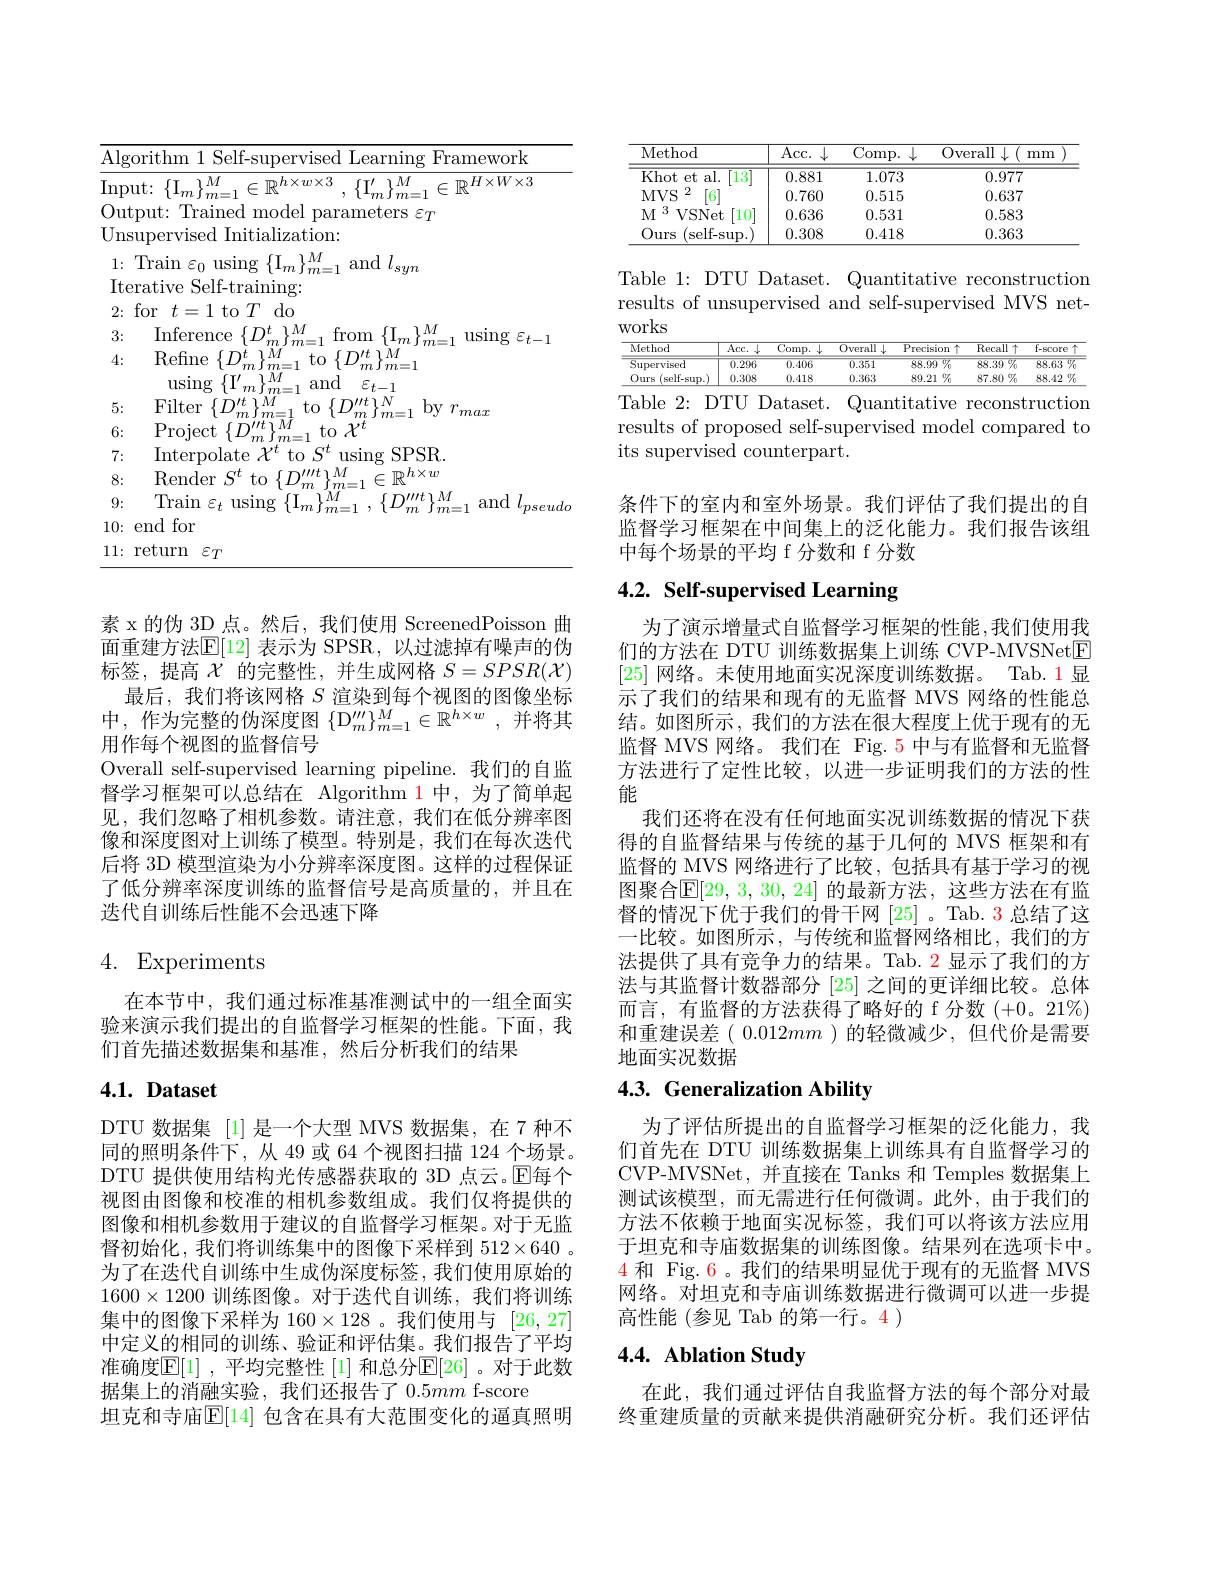
<table>
	<tbody>
		<tr>
			<td>$\overline{\mathrm{Algc}}$</td>
			<td>rrthm Selt ramework</td>
		</tr>
		<tr>
			<td>Inpu</td>
			<td>$\sim\mathbb{D}H\times W\times3$ $11t.$ t: $\{ I_{m}\} _{\mathrm{m} }^{M}$ 1 $\sim\mathbb{D}h\times w\times3$ $11^{\prime}$ $1./W$</td>
		</tr>
		<tr>
			<td>0. $ut_{1}$ 1. </td>
			<td>$\mathop{\mathrm{nde}}$</td>
		</tr>
		<tr>
			<td>Unst</td>
			<td>$\operatorname{lization:}$</td>
		</tr>
		<tr>
			<td>1:</td>
			<td>$\operatorname{Train}\varepsilon_{0}$using$\{\mathrm{I}_m\}_{m=}^M$ and$l_{syn}$</td>
		</tr>
		<tr>
			<td>Iter</td>
			<td>Self-training:</td>
		</tr>
		<tr>
			<td>3:</td>
			<td>Inference $\int\int\int\int t$ $1M$ from $1M$ llsing</td>
		</tr>
		<tr>
			<td>4:</td>
			<td>Refine $\{D_m^{\dot{t}}\}_{m=1}^M$ $1M$ $t_{\mathrm{o}}$ $\{I)$ $n\int m=1$ 1.00 $1ar$ , $1T/$ $1M$ am</td>
		</tr>
		<tr>
			<td>5:</td>
			<td>Filter $IMT$ $M$ $1//t$ $\vdots1N$</td>
		</tr>
		<tr>
			<td>6:</td>
			<td>Project $\int TD^{\prime}$ $It$ $M$ $t_{0}$ $\chi ^{t}$ $\therefore$</td>
		</tr>
		<tr>
			<td>7:</td>
			<td>Interpolate $\mathcal{X}^t$ to $S^t$ using SPSR.</td>
		</tr>
		<tr>
			<td>8:</td>
			<td>Render $S^{t}$ $t_{0}$ 110 $h\times w$</td>
		</tr>
		<tr>
			<td>9:</td>
			<td>Train $\mathcal{F}_{4}$ llsing $M$ amd serin</td>
		</tr>
		<tr>
			<td>10:</td>
			<td>end $l$ for</td>
		</tr>
		<tr>
			<td>11: I</td>
			<td>turn $\varepsilon_{T}$ $\because\rho$</td>
		</tr>
	</tbody>
</table>

素 x 的伪 3D 点。然后，我们使用 ScreenedPoisson 曲面重建方法$\mathbb{E}[12]$ 表示为 SPSR,以过滤掉有噪声的伪标签，提高$\mathcal{X}$的完整性，并生成网格$S=SPSR(\mathcal{X})$
最后，我们将该网格$S$渲染到每个视图的图像坐标中，作为完整的伪深度图$\left\{\mathrm{D}_m^{\prime\prime\prime}\right\}_{m=1}^M\in\mathbb{R}^{h\times w}$,并将其用作每个视图的监督信号
Overall self-supervised learning pipeline. 我们的自监督学习框架可以总结在 Algorithm 1中，为了简单起见，我们忽略了相机参数。请注意，我们在低分辨率图像和深度图对上训练了模型。特别是，我们在每次迭代后将 3D 模型渲染为小分辨率深度图。这样的过程保证了低分辨率深度训练的监督信号是高质量的，并且在迭代自训练后性能不会迅速下降

## 4. Experiments

在本节中，我们通过标准基准测试中的一组全面实验来演示我们提出的自监督学习框架的性能。下面，我们首先描述数据集和基准，然后分析我们的结果

## $4. 1. \textbf{ Dataset}$

DTU 数据集 [1] 是一个大型 MVS 数据集，在 7 种不同的照明条件下，从 49 或 64 个视图扫描 124 个场景。DTU 提供使用结构光传感器获取的 3D 点云。$\mathbb{E}$每个视图由图像和校准的相机参数组成。我们仅将提供的图像和相机参数用于建议的自监督学习框架。对于无监督初始化，我们将训练集中的图像下采样到$512\times640$ 。为了在迭代自训练中生成伪深度标签，我们使用原始的$1600\times1200$训练图像。对于迭代自训练，我们将训练集中的图像下采样为 160$\times128$ 。我们使用与[26,27] 中定义的相同的训练、验证和评估集。我们报告了平均准确度$\boxed{\mathbb{F}}[1]$ ,平均完整性 [1] 和总分$\mathbb{E}[26]$ 。对于此数据集上的消融实验，我们还报告了$0.5mm$ f-score
坦克和寺庙$\mathbb{E}[14]$ 包含在具有大范围变化的逼真照明

<table>
	<tbody>
		<tr>
			<th>Method</th>
			<th>$\overline{\mathrm{Acc.~}\downarrow}$</th>
			<th>$\underline{\mathrm{Comp.}}$ $.\downarrow$</th>
			<th>Overall $\downarrow($ mm</th>
		</tr>
		<tr>
			<td>Khot et al. 13</td>
			<td>0.881</td>
			<td>1.073</td>
			<td>0.977</td>
		</tr>
		<tr>
			<td>2 $MVS$ [6]</td>
			<td>0.760</td>
			<td>0.515</td>
			<td>0.637</td>
		</tr>
		<tr>
			<td>3 $M$ $V$SNet $10^{\cdot}$</td>
			<td>0.636</td>
			<td>0.531</td>
			<td>0.583</td>
		</tr>
		<tr>
			<td>Ours (self-sup</td>
			<td>0.308</td>
			<td>0.418</td>
			<td>0.363</td>
		</tr>
	</tbody>
</table>

Table 1: DTU Dataset. Quantitative reconstruction results of unsupervised and self-supervised MVS networks

<table>
	<tbody>
		<tr>
			<th>Method</th>
			<th>$Acc.$ $\cdot\sqrt{1}$ </th>
			<th>$\overline{\mathrm{Comp.}}$</th>
			<th>0verall $J$</th>
			<th>$\overline{{\mathrm{Precision}}}$ 个</th>
			<th>Recall ll 个</th>
			<th>${\mathrm{f-score}}$</th>
		</tr>
		<tr>
			<td>Supervised</td>
			<td>0.296</td>
			<td>0.406</td>
			<td>0.351</td>
			<td>$88.99\%$</td>
			<td>$88.39\%$</td>
			<td>88.63 $呀_{0}$</td>
		</tr>
		<tr>
			<td>Ours (self- sup. )</td>
			<td>0.308</td>
			<td>0.418</td>
			<td>0.363</td>
			<td>$89.21\%$</td>
			<td>$87.80\%$</td>
			<td>$88.42\%$</td>
		</tr>
	</tbody>
</table>
Table 2: DTU Dataset. Quantitative reconstruction

results of proposed self-supervised model compared to
its supervised counterpart.

条件下的室内和室外场景。我们评估了我们提出的自监督学习框架在中间集上的泛化能力。我们报告该组中每个场景的平均 f 分数和 f 分数

# 4.2. Self-supervised Learning

为了演示增量式自监督学习框架的性能，我们使用我们的方法在 DTU 训练数据集上训练 CVP-MVSNetE [25]网络。未使用地面实况深度训练数据。Tab.1 显示了我们的结果和现有的无监督 MVS 网络的性能总结。如图所示，我们的方法在很大程度上优于现有的无监督 MVS 网络。我们在 Fig.5 中与有监督和无监督方法进行了定性比较，以进一步证明我们的方法的性能
我们还将在没有任何地面实况训练数据的情况下获得的自监督结果与传统的基于几何的 MVS 框架和有监督的 MVS 网络进行了比较，包括具有基于学习的视图聚合$\mathbb{E}[29,3,30,24]$ 的最新方法，这些方法在有监督的情况下优于我们的骨干网[25] 。Tab. 3 总结了这一比较。如图所示，与传统和监督网络相比，我们的方法提供了具有竞争力的结果。Tab. 2 显示了我们的方法与其监督计数器部分[25]之间的更详细比较。总体而言，有监督的方法获得了略好的 f 分数(+0。21%) 和重建误差( $0.012mm$ )的轻微减少，但代价是需要地面实况数据

# 4.3. Generalization Ability

为了评估所提出的自监督学习框架的泛化能力，我们首先在 DTU 训练数据集上训练具有自监督学习的CVP-MVSNet,并直接在 Tanks 和 Temples 数据集上测试该模型，而无需进行任何微调。此外，由于我们的方法不依赖于地面实况标签，我们可以将该方法应用于坦克和寺庙数据集的训练图像。结果列在选项卡中。$\color{red}{4\text{ 和 Fig.6。我们的结果明显优于现有的无监督 MVS}}$ 网络。对坦克和寺庙训练数据进行微调可以进一步提高性能(参见 Tab 的第一行。4 )

## 4.4. Ablation Study

在此，我们通过评估自我监督方法的每个部分对最终重建质量的贡献来提供消融研究分析。我们还评估